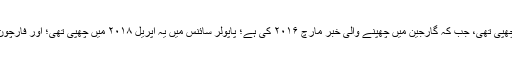
ڈان انگریزی میں یہ خبر ۲۰ ستمبر ۲۰۱۷ کو چھپی تھی، جب کہ گارجین میں چھپنے والی خبر مارچ ۲۰۱۶ کی ہے؛ پاپولر سائنس میں یہ اپریل ۲۰۱۸ میں چھپی تھی؛ اور فارچون میگزین میں یہ خبر مارچ ۲۰۱۶ میں آئی تھی۔